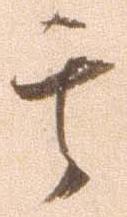
其